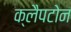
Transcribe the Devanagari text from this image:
क्लैपटोन